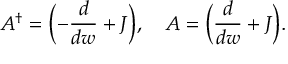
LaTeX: { \cal A } ^ { \dagger } = \biggl ( - \frac { d } { d w } + { \cal J } \biggr ) , \, \, \, \, \, \, { \cal A } = \biggl ( \frac { d } { d w } + { \cal J } \biggr ) .